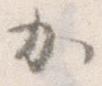
か